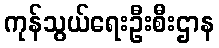
ကုန်သွယ်ရေးဦးစီးဌာန